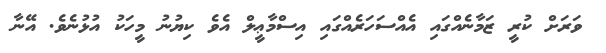
ވަރަށް ކުރީ ޒަމާނެއްގައި އެއްސަހަރެއްގައި އިސްމާޢީލް އެވެ ކިޔުނު މީހަކު އުޅުނެވެ. އޭނާ